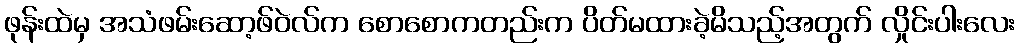
ဖုန်းထဲမှ အသံဖမ်းဆော့ဖ်ဝဲလ်က စောစောကတည်းက ပိတ်မထားခဲ့မိသည့်အတွက် လှိုင်းပါးလေး